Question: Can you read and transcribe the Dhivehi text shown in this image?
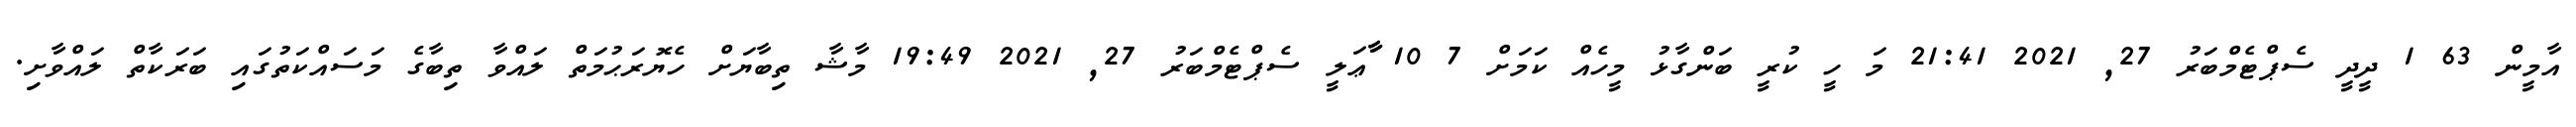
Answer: އާމީން 63 1 ދީދީ ސެޕްޓެމްބަރު 27, 2021 21:41 މަ ހީ ކުރީ ބަންގާޅު މީހެއް ކަމަށް 7 10 ާާާޢަލީ ސެޕްޓެމްބަރު 27, 2021 19:49 މާޝާ ތިބާޔަށް ހެޔޮރަޙުމަތް ލައްވާ ތިބާގެ މަސައްކަތުގައި ބަރަކާތް ލައްވާށި.